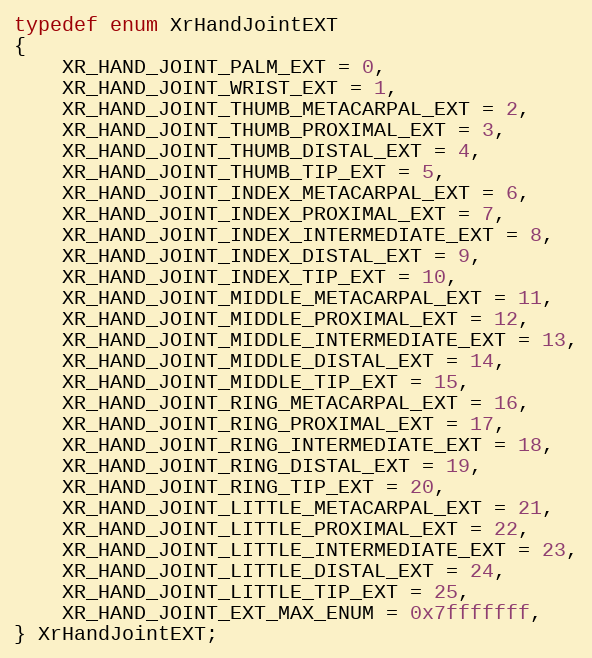
Language: C
typedef enum XrHandJointEXT
{
    XR_HAND_JOINT_PALM_EXT = 0,
    XR_HAND_JOINT_WRIST_EXT = 1,
    XR_HAND_JOINT_THUMB_METACARPAL_EXT = 2,
    XR_HAND_JOINT_THUMB_PROXIMAL_EXT = 3,
    XR_HAND_JOINT_THUMB_DISTAL_EXT = 4,
    XR_HAND_JOINT_THUMB_TIP_EXT = 5,
    XR_HAND_JOINT_INDEX_METACARPAL_EXT = 6,
    XR_HAND_JOINT_INDEX_PROXIMAL_EXT = 7,
    XR_HAND_JOINT_INDEX_INTERMEDIATE_EXT = 8,
    XR_HAND_JOINT_INDEX_DISTAL_EXT = 9,
    XR_HAND_JOINT_INDEX_TIP_EXT = 10,
    XR_HAND_JOINT_MIDDLE_METACARPAL_EXT = 11,
    XR_HAND_JOINT_MIDDLE_PROXIMAL_EXT = 12,
    XR_HAND_JOINT_MIDDLE_INTERMEDIATE_EXT = 13,
    XR_HAND_JOINT_MIDDLE_DISTAL_EXT = 14,
    XR_HAND_JOINT_MIDDLE_TIP_EXT = 15,
    XR_HAND_JOINT_RING_METACARPAL_EXT = 16,
    XR_HAND_JOINT_RING_PROXIMAL_EXT = 17,
    XR_HAND_JOINT_RING_INTERMEDIATE_EXT = 18,
    XR_HAND_JOINT_RING_DISTAL_EXT = 19,
    XR_HAND_JOINT_RING_TIP_EXT = 20,
    XR_HAND_JOINT_LITTLE_METACARPAL_EXT = 21,
    XR_HAND_JOINT_LITTLE_PROXIMAL_EXT = 22,
    XR_HAND_JOINT_LITTLE_INTERMEDIATE_EXT = 23,
    XR_HAND_JOINT_LITTLE_DISTAL_EXT = 24,
    XR_HAND_JOINT_LITTLE_TIP_EXT = 25,
    XR_HAND_JOINT_EXT_MAX_ENUM = 0x7fffffff,
} XrHandJointEXT;